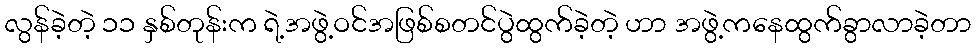
လွန်ခဲ့တဲ့ ၁၁ နှစ်တုန်းက ရဲ့အဖွဲ့ဝင်အဖြစ်စတင်ပွဲထွက်ခဲ့တဲ့ ဟာ အဖွဲ့ကနေထွက်ခွာလာခဲ့တာ